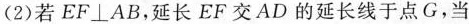
(2)若$$EF\bot AB$$，延长EF交AD的延长线于点G，当